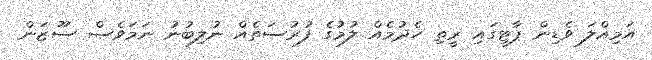
އަމިއްލަ ވެޑިން ޕާޓީގައި ރީތި ހެދުމެއް ލުމުގެ ފުރުސަތެއް ނުލިބުނު ނަމަވެސް ސޫޒަން